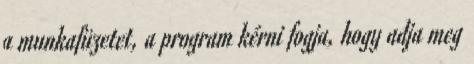
a munkafüzetet, a program kérni fogja, hogy adja meg